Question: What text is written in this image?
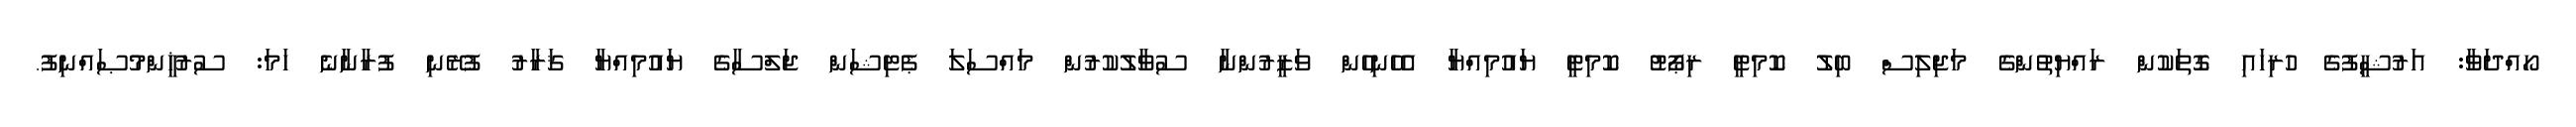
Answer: ހޯއްދަވާ: އަރުޝީފުގެ ހުރިހައި ގޮތަކުން ރައްޔިތުންގެ މަޖިލިސް ބިލު ކޮމިޓީ ރިޕޯޓު ކޮމިޓީ ޔައުމިއްޔާ އެހެނިހެން ވަޒީރުންނާ ސުވާލުކުރުން މައްސަލަ ޕެޓިޝަން ޖަލްސާގެ ޔައުމިއްޔާ ޤަރާރު ފުރޭނި ފުރާނާނެ ހަމަ: ސުރުޚީންމުޞައްނިފު.